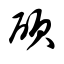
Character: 硕